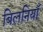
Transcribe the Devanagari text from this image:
बिलनियाँ